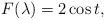
\begin{align*}F(\lambda)=2\cos t,\end{align*}